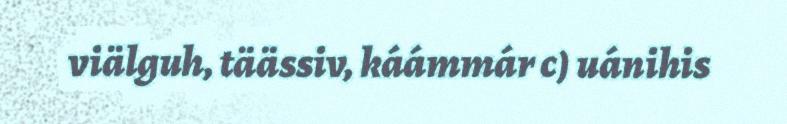
viälguh, täässiv, káámmár c) uánihis